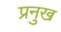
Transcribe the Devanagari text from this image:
प्रनुख